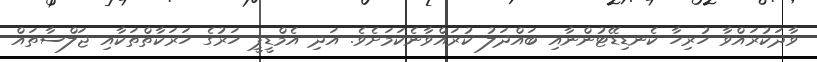
ވާދަކުރައްވާ ހުރިހާ ކެނޑިޑޭޓުންނާއި ބައްދަލު ކުރައްވާނެކަމަށެވެ. އަދި އެމްޑީޕީ ހަރުގެ ހަރަކާތްތަކާއި ޖަލްސާތައް